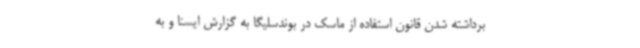
برداشته شدن قانون استفاده از ماسک در بوندسلیگا به گزارش ایسنا و به